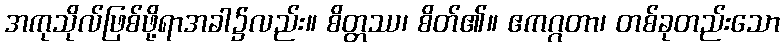
အကုသိုလ်ဖြစ်ဖို့ရာအခါ၌လည်း။ စိတ္တဿ၊ စိတ်၏။ ဧကဂ္ဂတာ၊ တစ်ခုတည်းသော